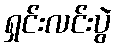
ရှင်းလင်းပွဲ